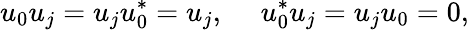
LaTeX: u_{0}u_{j}=u_{j}u_{0}^{*}=u_{j},~~~~~u_{0}^{*}u_{j}=u_{j}u_{0}=0,